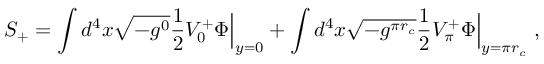
S _ { + } = \int d ^ { 4 } x \sqrt { - g ^ { 0 } } \frac { 1 } { 2 } V _ { 0 } ^ { + } \Phi \Bigr | _ { y = 0 } + \int d ^ { 4 } x \sqrt { - g ^ { \pi r _ { c } } } \frac { 1 } { 2 } V _ { \pi } ^ { + } \Phi \Bigr | _ { y = \pi r _ { c } } \ ,